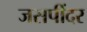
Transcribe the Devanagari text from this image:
जसपींदर